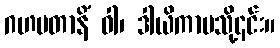
ဂဟပတာနိံ ဝါ၊ ဒါယိကာမသို့၎င်း။